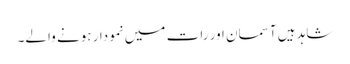
شاہد ہیں آسمان اور رات میں نمودار ہونے والے۔